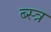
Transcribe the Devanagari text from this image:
ब्स्त्र